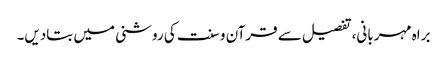
براہ مہربانی، تفصیل سے قرآن و سنت کی روشنی میں بتادیں۔